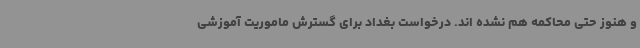
و هنوز حتی محاکمه هم نشده اند. درخواست بغداد برای گسترش ماموریت آموزشی